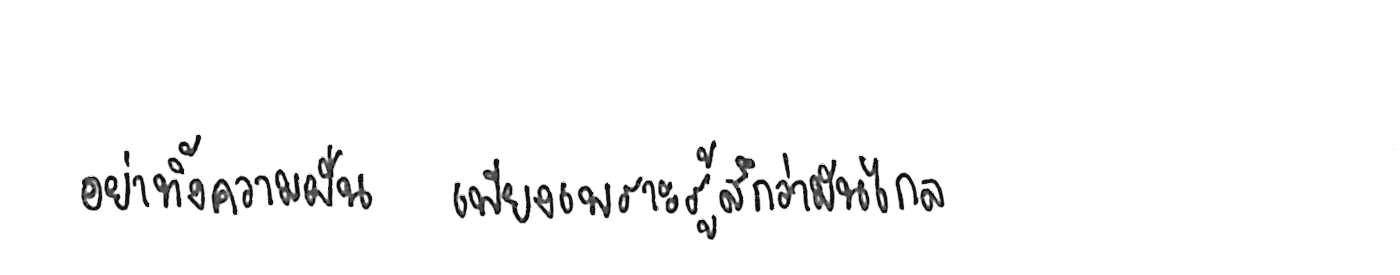
อย่าทิ้งความฝัน เพียงเพราะรู้สึกว่ามันไกล